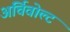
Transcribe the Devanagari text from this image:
अर्चिवोल्ट